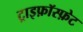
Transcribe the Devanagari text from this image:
ट्राइफ़ॉस्फ़ेट